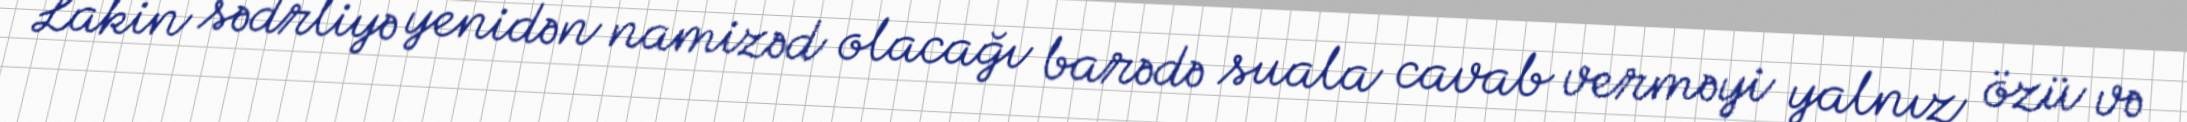
Lakin sədrliyə yenidən namizəd olacağı barədə suala cavab verməyi yalnız özü və